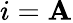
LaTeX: i=\mathbf{A}